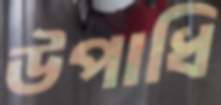
উপাধি